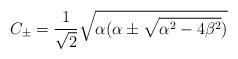
LaTeX: \begin{align*}C_{\pm}=\frac{1}{\sqrt{2}}\sqrt{\alpha (\alpha \pm\sqrt{\alpha^{2}-4\beta^{2}})}\end{align*}